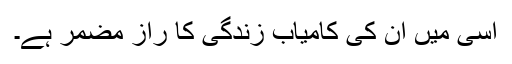
اسی میں ان کی کامیاب زندگی کا راز مضمر ہے۔